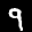
Label: 9